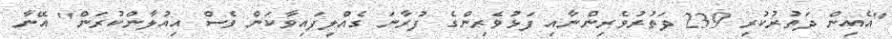
"އެއިން ދަތުރުކުރި 239 ދަތުރުވެރިންނާއި ފަޅުވެރިންގެ ފުރާނަ ގެއްލިފައިވާކަން ވެސް އިއުލާންކުރަން" އޭނާ